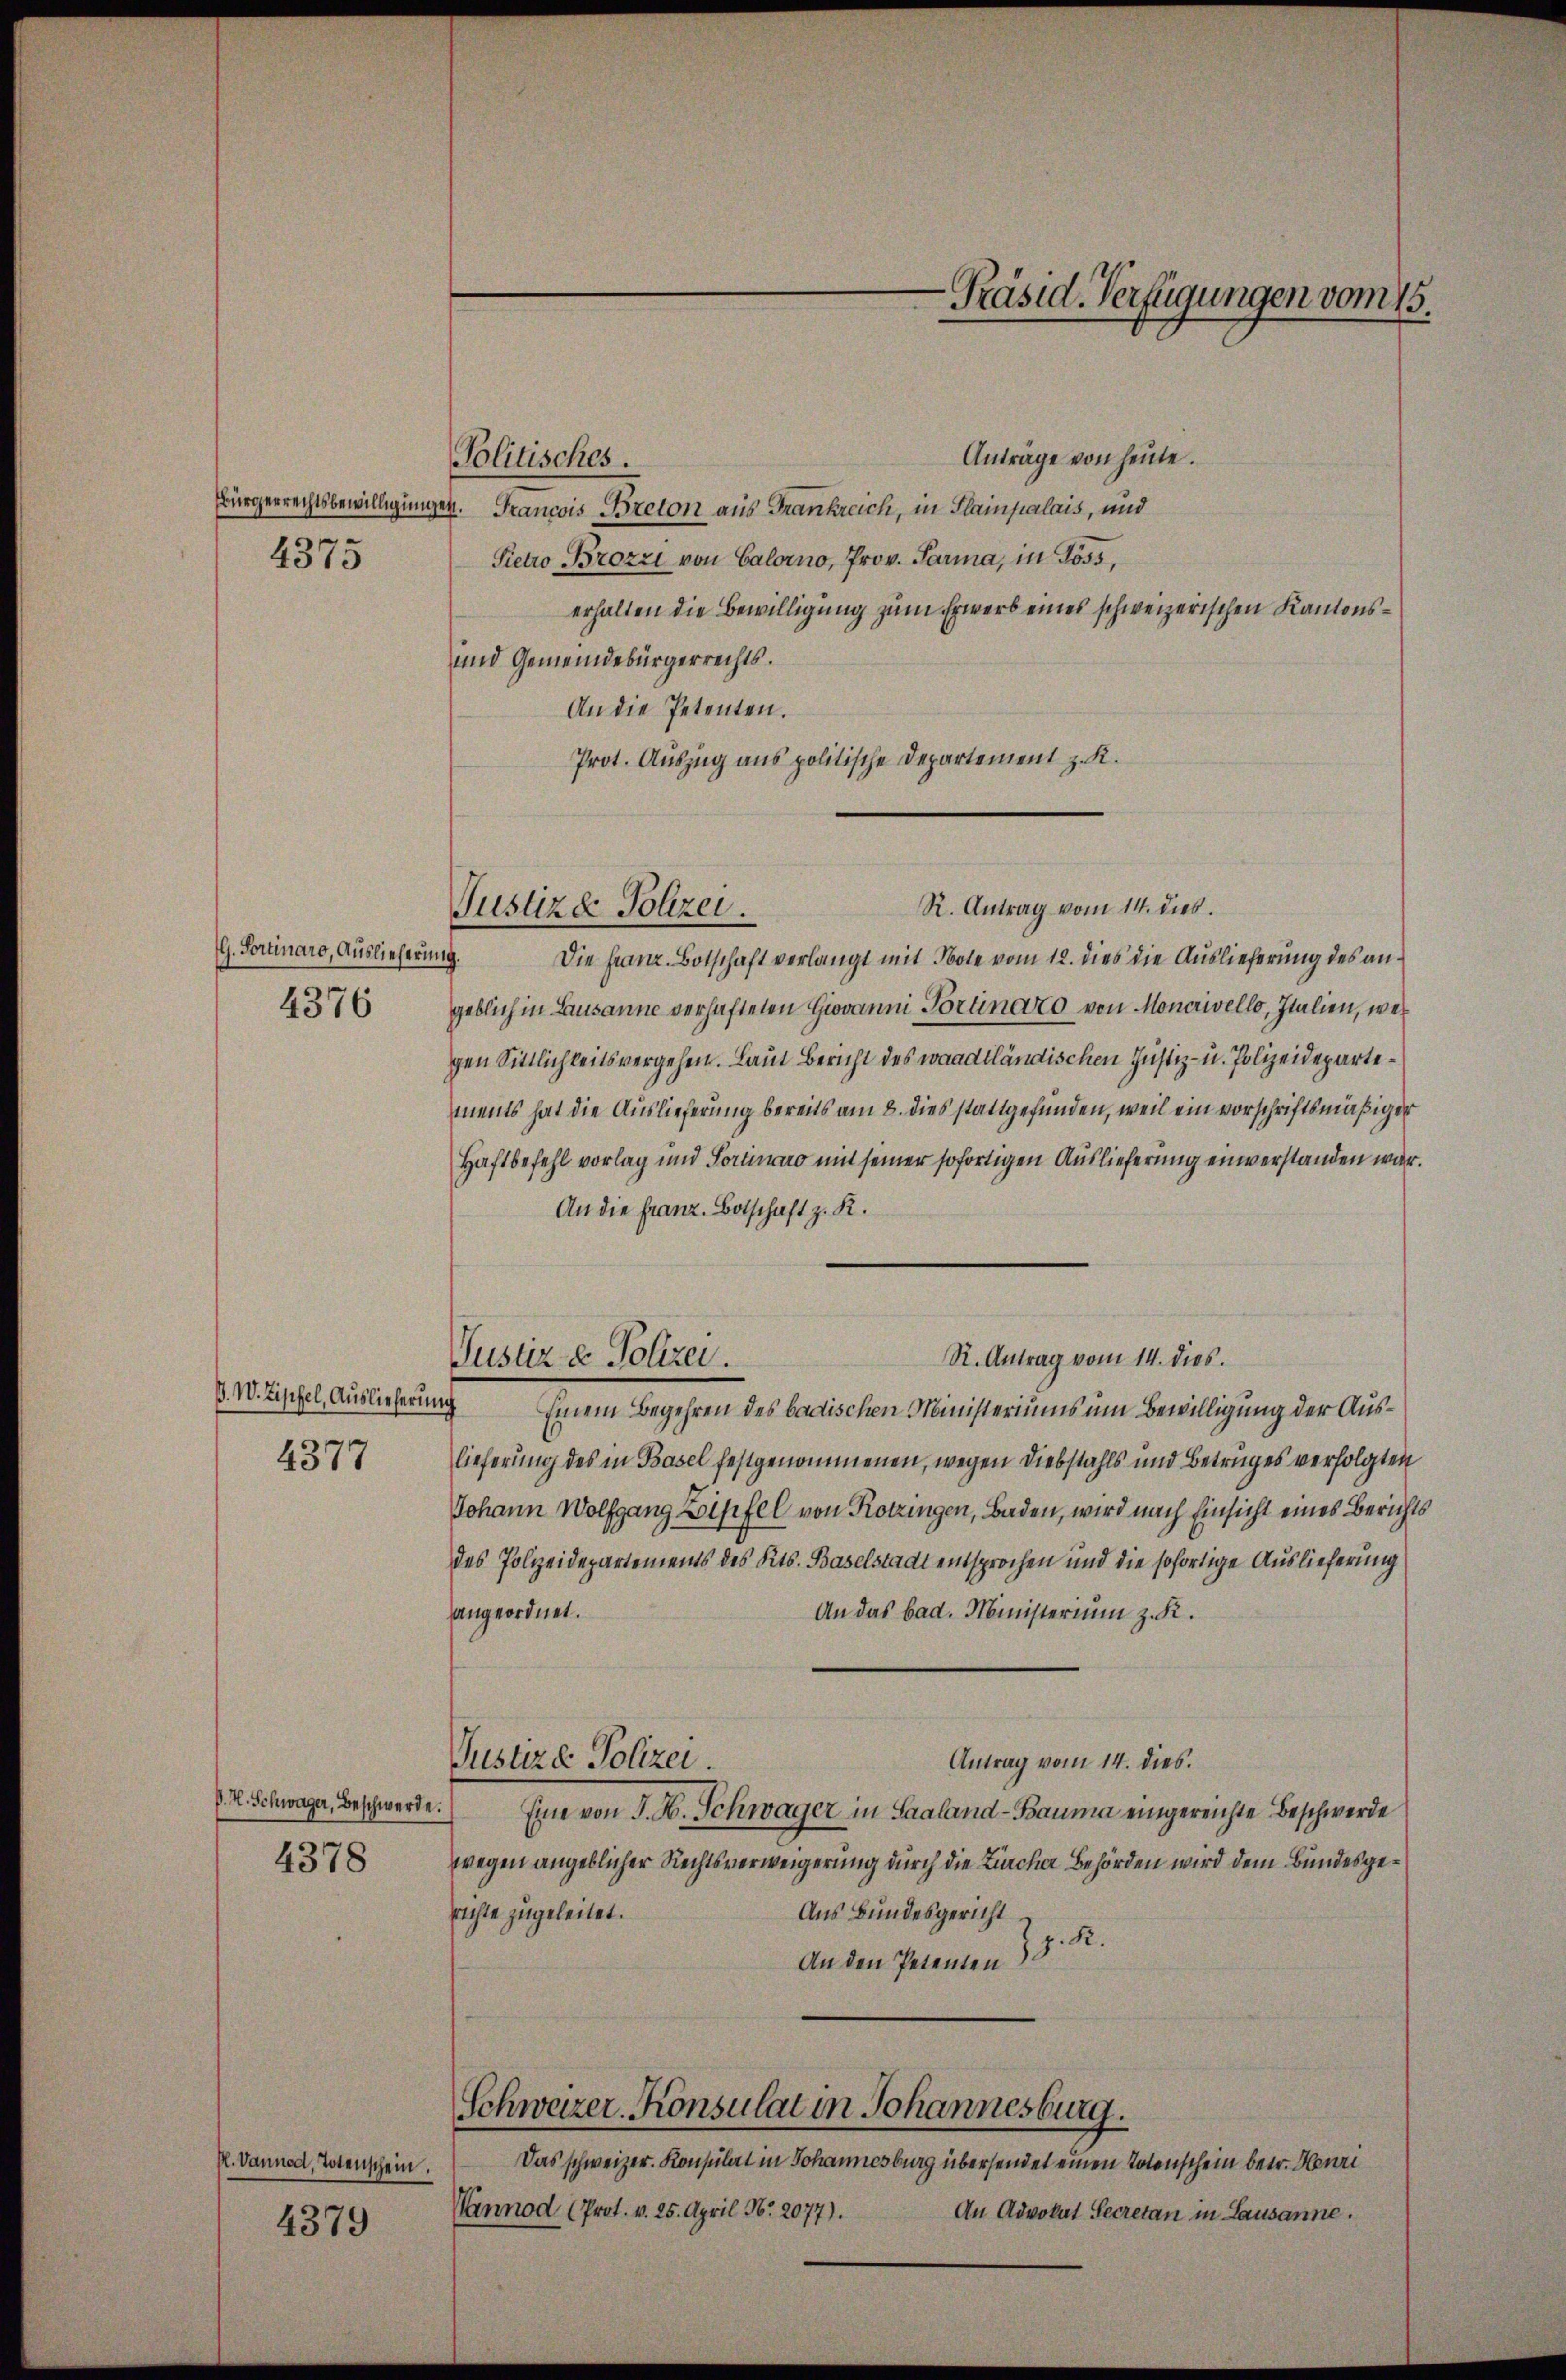
4375

G. Fertinaro, Auslieferung.
4376

D. W. Zipfel, Auslieferung
4377

P. H. Schwager, Beschwerde.

4378

H. Vannod, Totenschein

4379

Politisches.

Antrage von heute.
Bürgerrechtsbewilligungen. Francois Breton aus Frankreich, in Plainpalais, und
Pietro Brozzi von Calorno, Prov. Parma, in Goss,
erhalten die Bewilligung zum Erwerb eines schweizerischen Kantons¬
und Gemeindebürgerrechts.
An die Petenten.
Prot. Auszug aus politische Departement z. R.
Die Franz. Botschaft verlangt mit Note vom 12. dies die Auslieferung des angeblich in Lausanne verhafteten Giovanni Portinato von Moncrivello, Italien, wegen Sittlichkeits vergehen. Laut Bericht des waadtländischen Justiz- u. Polizeidepartements hat die Auslieferung bereits am 8. dies stattgefunden, weil ein vorschriftsmäßiger
Haftbefehl vorlag und Sortinaro mit seiner sofortigen Auslieferung einverstanden war.
An die Franz. Botschaft z. R.
Justiz & Polizei.
Einem Begehren des badischen Ministeriums um Bewilligung der Auslieferung des in Basel festgenommenen, wegen Diebstahls und Betruges verfolgten
Johann Wolfgang Zipfel von Kotzingen, Baden, wird nach Einsicht eines Berichts
des Polizeidepartements des Kts. Baselstadt entsprochen und die sofortige Auslieferung
angeordnet.
An das bad. Ministerium z. R.
Justiz & Polizei.
Antrag vom 14. dies.
Eine von J. H. Schwager in Saaland-Bauma eingereichte Beschwerde
wegen angeblicher Rechtsverweigerung durch die Zürcher Behörden wird dem Bundesge¬
Aus Bundesgericht
richte zugeleitet.
An den Petenten d. K.
Schweizer. Konsulat in Johannesburg.
Das schweizer. Konsulat in Johannesburg übersendet einen Totenschein betr. Henri
Wannod (Prot. v. 25. April N. 2077).
An Advokat Secretan in Lausanne.

Justizde Polizei.

-Präsid. Verfügungen vom 15.

R. Antrag vom 14. dies

R. Antrag vom 14. dies.